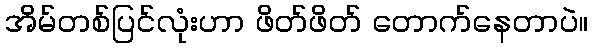
အိမ်တစ်ပြင်လုံးဟာ ဖိတ်ဖိတ် တောက်နေတာပဲ။